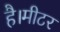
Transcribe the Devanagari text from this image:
है।मीटर